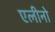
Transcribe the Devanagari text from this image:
एलीनो